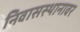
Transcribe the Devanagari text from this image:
निवासस्थानावर